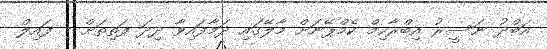
އަބްދު ނަސީރު އިބްރާހިމް ކެމްޕޭނަށް މާލޭގައި ދަމާފައިވާ ދިދަ ފަތިތަށް - ފައިލް